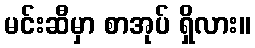
မင်းဆီမှာ စာအုပ် ရှိလား။